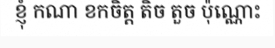
ខ្ញុំ កណា ខកចិត្ត តិច តួច ប៉ុណ្ណោះ